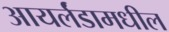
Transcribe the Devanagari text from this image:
आयर्लंडामधील